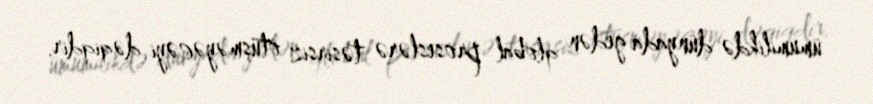
ümumilikdə dünyada gedən qlobal proseslərə təsirsiz ötüşməyəcəyi dəqiqdir.